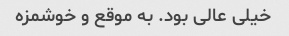
خیلی عالی بود. به موقع و خوشمزه